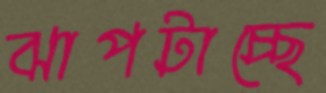
ঝাপটাচ্ছে